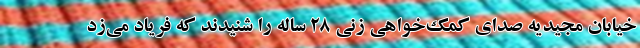
خیابان مجیدیه صدای کمک‌خواهی زنی ۲۸ ساله را شنیدند که فریاد می‌زد